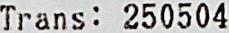
TRANS: 250504